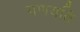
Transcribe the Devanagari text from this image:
गणयति